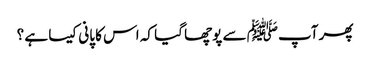
پھر آپﷺ سے پوچھا گیا کہ اس کا پانی کیسا ہے ؟